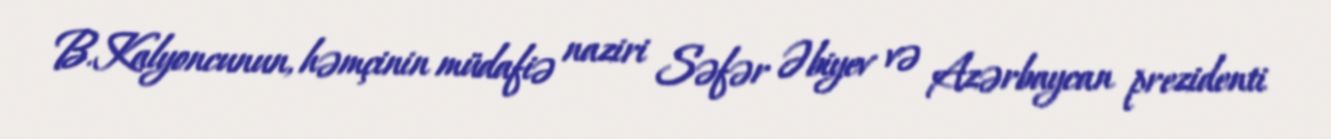
B.Kalyoncunun, həmçinin müdafiə naziri Səfər Əbiyev və Azərbaycan prezidenti